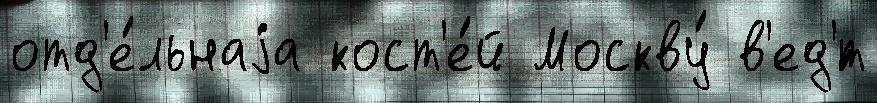
отд'е́льнаjа кост'е́й Москву́ в'ед'́т